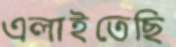
এলাইতেছি